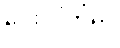
ပေးလိုက်ရာ